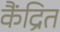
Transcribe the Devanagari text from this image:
कैंद्रित